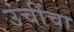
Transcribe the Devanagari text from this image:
उंचींचा